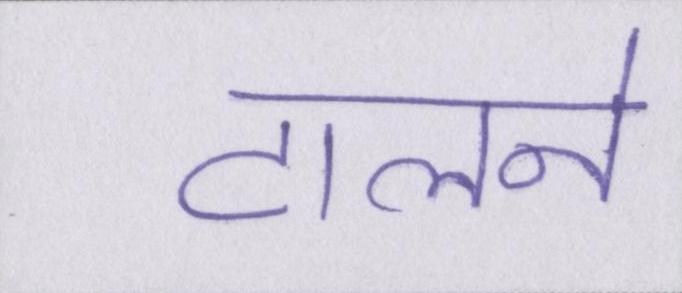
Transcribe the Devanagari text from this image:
टालने